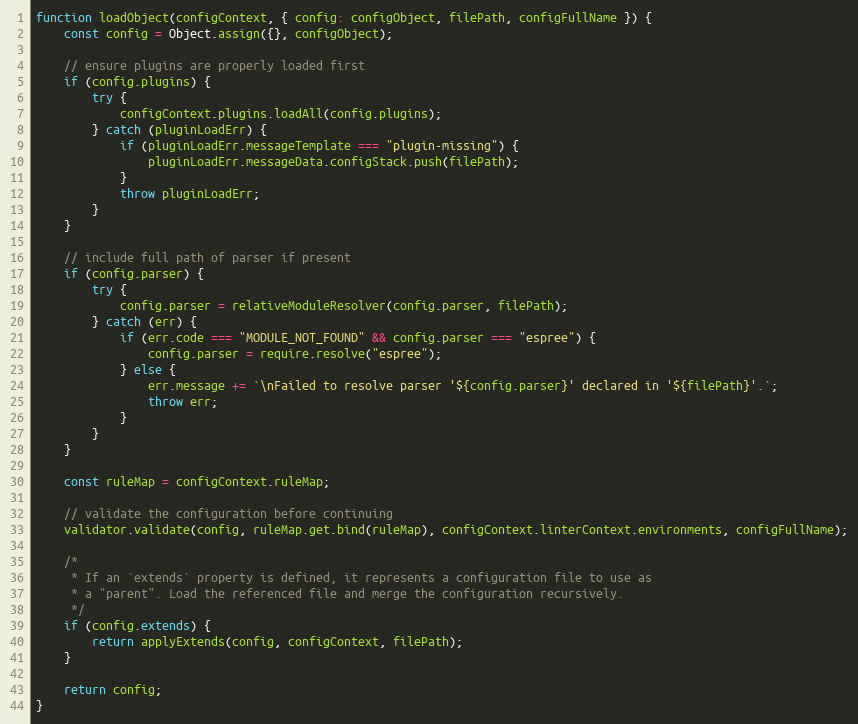
Language: JavaScript
function loadObject(configContext, { config: configObject, filePath, configFullName }) {
    const config = Object.assign({}, configObject);

    // ensure plugins are properly loaded first
    if (config.plugins) {
        try {
            configContext.plugins.loadAll(config.plugins);
        } catch (pluginLoadErr) {
            if (pluginLoadErr.messageTemplate === "plugin-missing") {
                pluginLoadErr.messageData.configStack.push(filePath);
            }
            throw pluginLoadErr;
        }
    }

    // include full path of parser if present
    if (config.parser) {
        try {
            config.parser = relativeModuleResolver(config.parser, filePath);
        } catch (err) {
            if (err.code === "MODULE_NOT_FOUND" && config.parser === "espree") {
                config.parser = require.resolve("espree");
            } else {
                err.message += `\nFailed to resolve parser '${config.parser}' declared in '${filePath}'.`;
                throw err;
            }
        }
    }

    const ruleMap = configContext.ruleMap;

    // validate the configuration before continuing
    validator.validate(config, ruleMap.get.bind(ruleMap), configContext.linterContext.environments, configFullName);

    /*
     * If an `extends` property is defined, it represents a configuration file to use as
     * a "parent". Load the referenced file and merge the configuration recursively.
     */
    if (config.extends) {
        return applyExtends(config, configContext, filePath);
    }

    return config;
}